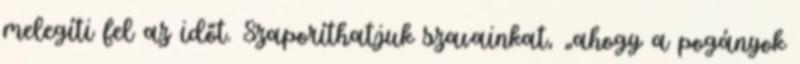
melegíti fel az időt. Szaporíthatjuk szavainkat, „ahogy a pogányok